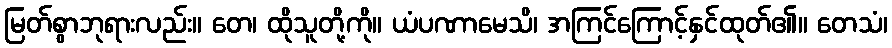
မြတ်စွာဘုရားလည်း။ တေ၊ ထိုသူတို့ကို။ ယံပဏာမေသိ၊ အကြင်ကြောင့်နှင်ထုတ်၏။ တေသံ၊